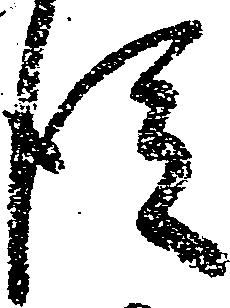
従